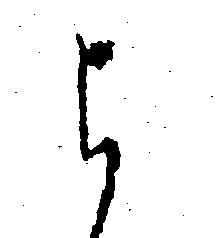
よ